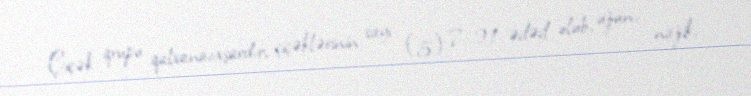
Çiçək qrupu qalxanaoxşardır, çiçəklərinin sayı (5) 7–21 ədəd olub, uzun, nazik,